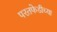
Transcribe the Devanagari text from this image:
परतफेडीच्या